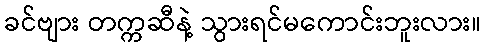
ခင်ဗျား တက္ကဆီနဲ့ သွားရင်မကောင်းဘူးလား။